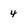
Character: 4